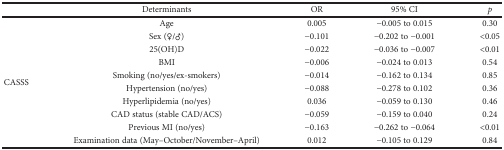
|  | Determinants | OR | 95% CI | p |
 | --- | --- | --- | --- | --- |
 | <ROWSPAN=10> CASSS | Age | 0.005 | −0.005 to 0.015 | 0.30 |
 | Sex (♀/♂) | −0.101 | −0.202 to −0.001 | <0.05 |
 | 25(OH)D | −0.022 | −0.036 to −0.007 | <0.01 |
 | BMI | −0.006 | −0.024 to 0.013 | 0.54 |
 | Smoking (no/yes/ex-smokers) | −0.014 | −0.162 to 0.134 | 0.85 |
 | Hypertension (no/yes) | −0.088 | −0.278 to 0.102 | 0.36 |
 | Hyperlipidemia (no/yes) | 0.036 | −0.059 to 0.130 | 0.46 |
 | CAD status (stable CAD/ACS) | −0.059 | −0.159 to 0.040 | 0.24 |
 | Previous MI (no/yes) | −0.163 | −0.262 to −0.064 | <0.01 |
 | Examination data (May–October/November–April) | 0.012 | −0.105 to 0.129 | 0.84 |